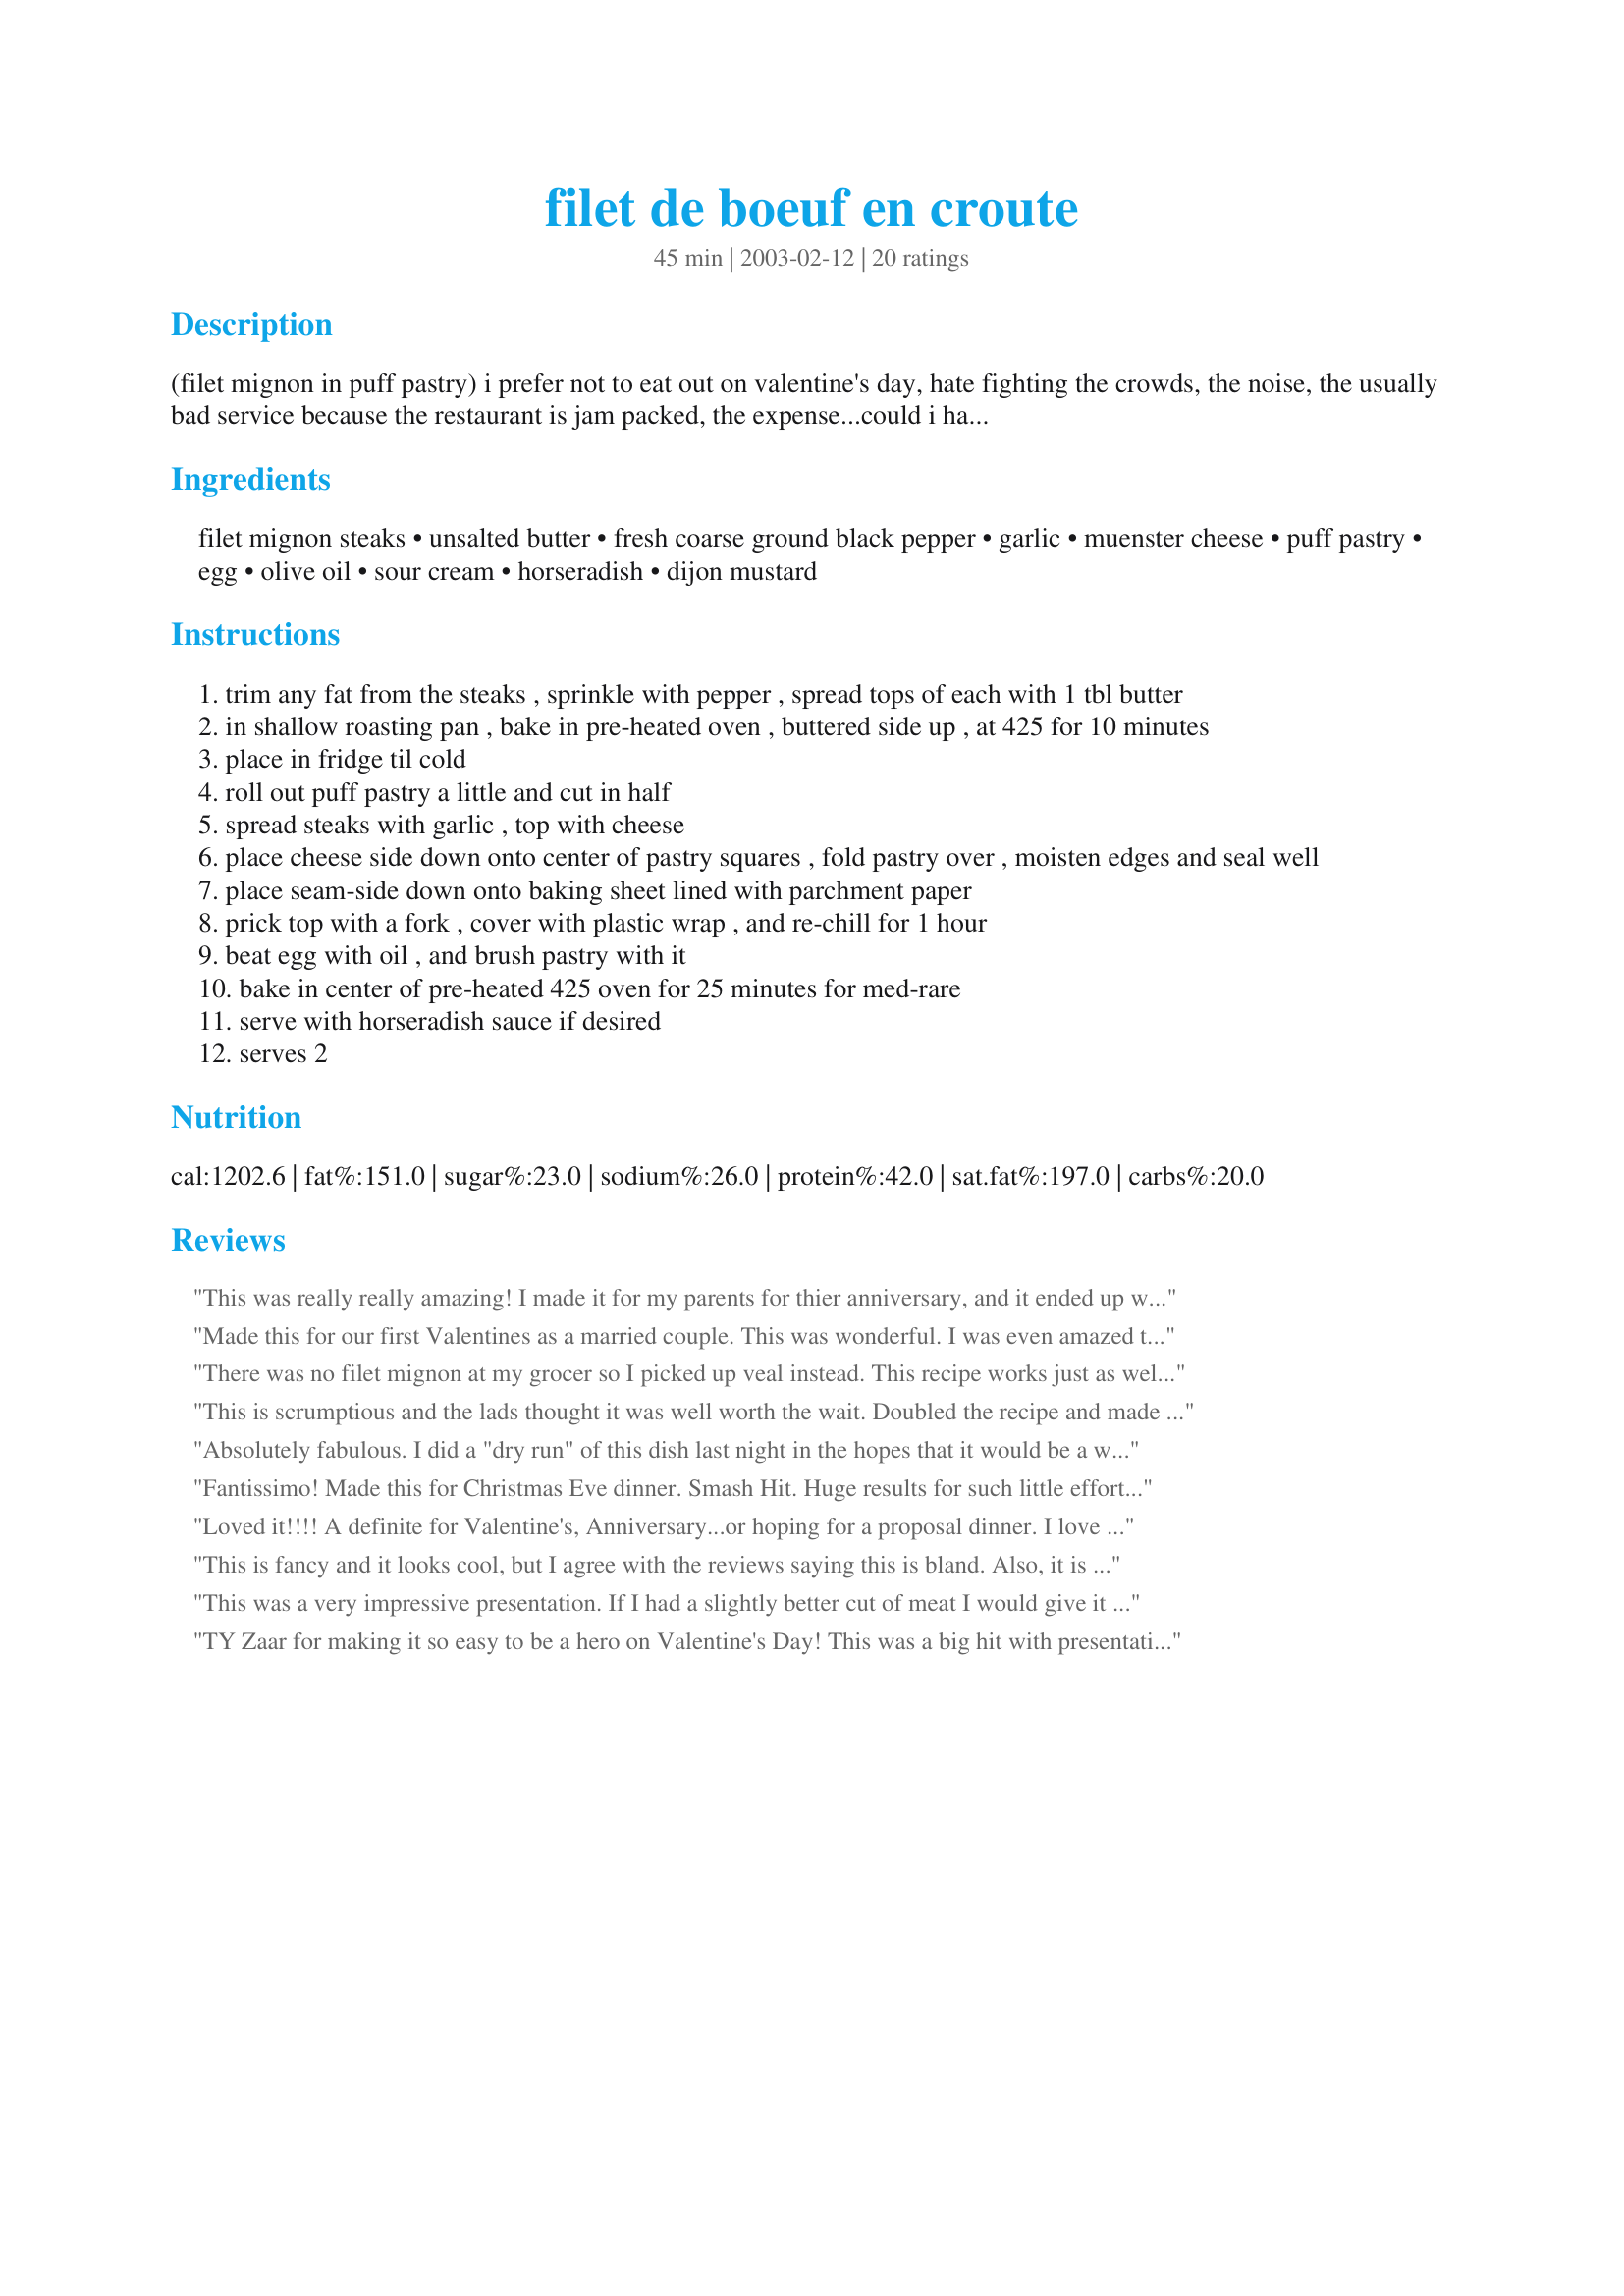
filet de boeuf en croute
Preparation time: 45 minutes

(filet mignon in puff pastry) i prefer not to eat out on valentine's day, hate fighting the crowds, the noise, the usually bad service because the restaurant is jam packed, the expense...could i have a little cheese with my "whine"? lol! here's what i made for the main course last year, and it was to die for. almost too pretty to eat....almost! enjoy!!! *prep-time does not include chilling time.

Ingredients:
filet mignon steaks, unsalted butter, fresh coarse ground black pepper, garlic, muenster cheese, puff pastry, egg, olive oil, sour cream, horseradish, dijon mustard

Steps:
trim any fat from the steaks , sprinkle with pepper , spread tops of each with 1 tbl butter
in shallow roasting pan , bake in pre-heated oven , buttered side up , at 425 for 10 minutes
place in fridge til cold
roll out puff pastry a little and cut in half
spread steaks with garlic , top with cheese
place cheese side down onto center of pastry squares , fold pastry over , moisten edges and seal well
place seam-side down onto baking sheet lined with parchment paper
prick top with a fork , cover with plastic wrap , and re-chill for 1 hour
beat egg with oil , and brush pastry with it
bake in center of pre-heated 425 oven for 25 minutes for med-rare
serve with horseradish sauce if desired
serves 2

Reviews:
This was really really amazing! I made it for my parents for thier anniversary, and it ended up working out beautifully. I ran out of puff pastry, a shortsighting on my part, so I ended up wrapping one steak in frozen pie crust and it worked fairly well...the flaky buttery texture of puff pastry is preffered, but in a pinch the frozen pie crust worked well. Also because of the high price of food I ended up using thick flatiron steaks, and they cooked perfectly with the times listed here. Fabulous! will use again.
Made this for our first Valentines as a married couple. This was wonderful. I was even amazed that I could make something this good. Very simple as well. I served with Recipe #72861. I did not use the horseradish sauce because I did not have horseradish. It was wonderful and moist without it. I also used Mozerella cheese because its all I had on hand. This was amazing. I am definetly going to make for guests sometimes to show off :) thank you!
There was no filet mignon at my grocer so I picked up veal instead. This recipe works just as well for it. Veal doesn't have as much marbled fat as filet mignon does so I didn't cut off the extra. It turned out wonderfully! Thank you so much for posting this recipe. p.s. I marinaded the veal in white wine and pineapple juice then used that liquid to make a mustard sauce. MMMM!
This is scrumptious and the lads thought it was well worth the wait. Doubled the recipe and made for our New Year&#039;s Eve dinner. Used swiss cheese as that&#039;s what I had on hand. Did not use the dijon mustard in the sauce. Thanks for sharing!
Absolutely fabulous. I did a "dry run" of this dish last night in the hopes that it would be a winner for my upcoming dinner party. Is it ever! You're right - almost too pretty to eat. Used muenster cheese and cooked slightly longer (we like our filet medium). Can't wait for my dinner party now!! Thank you!!
Fantissimo!

Made this for Christmas Eve dinner. Smash Hit. Huge results for such little effort. I followed the recipe to the tee, except that my meat was cold when I started, so I cooked it 2 minutes longer in Stage 1. The Horseradish sauce is the perfect complement.

Loved it!!!! A definite for Valentine's, Anniversary...or hoping for a proposal dinner. I love garlic, but didn't mince mine finely enough. My future technique shall be....smash, then mince the garlic.
This is fancy and it looks cool, but I agree with the reviews saying this is bland. Also, it is easy to undercook because you can't actually see the meat.
This was a very impressive presentation. If I had a slightly better cut of meat I would give it a five, so it wasn't the recipe's fault and DH gives it a 10 so a 5 it is! I cooked mine the first time as I like it a little more well done. I used Havarti cheese and a little more garlic. Beautiful dish for our Christmas dinner!
TY Zaar for making it so easy to be a hero on Valentine's Day! This was a big hit with presentation, it looked like I slaved for hours and hours and was a wonderful steak. I used provolone cheese 'cuz I had some on hand and it was excellent. Beutifully browned very impressive yet quite simple to make. Thanks Wildflour.
update on my previous review - I had a couple of these left over (can you believe it?) from my party, since they were large some people shared. So I put them in Ziploc's in the freezer. Today I popped one out and after about 35 min at 350, 95% as good as the first time! Long story short, these freeze surprisingly well.
Very bland. Sauce helps. Very filling. Filet would have tasted better on the grill. Maybe use Swiss instead of Jack for more flavor.
Speechless - AMAZING! thank you so much for this recipe. I will ask for it again and again!
Definatly outstanding, I followed the recipe EXACTLY and it was cooked to perfection. Oh one exception was I used a strong cheddar cheese because I couldn't get the ones stated, but it wouldn't have made it any better if i had!!
Thank you wildflower, I will be making this again soon.

Wanted to edit this to add that i have made this recipe again using English stilton cheese and it was out of the world...I will make it this way from now on, the stilton puff pastry and steak went together so well, and again the timings were spot on!! thanks again wildflower
I made these for Easter dinner and they were very good! Granted, it would be hard to ruin a filet, but this recipe had them cooked perfectly. My only dislike is not really with the recipe, but just that it is very RICH and a little too decadent tasting for us to have a filet wrapped in pastry. I made half of the filets as specified, the other half I spread with roasted garlic and then crumbled bleu cheese on top. Wow, they were beautiful and tasted wonderful. I did notice that once most people got through half of it, the pastry was scraped away and the filet was eaten. The sauce was a lovely compliment for an altogether easy (if not a little time consuming) elegant, and tasty recipe. Thank you!
Wildflower try it at home
Wildflour thanks for making Valentine's Day easy and special. Did exactly as posted - next time, and there definetely will be a next time, I will replace the cheese with fresh sliced mushrooms. Let's see - when is the next special occasion.
Did not fix the sauce - I actually forgot about it until now when posting the review. I guess we didn't miss it but will try to remember next time.
Excellent and far easier than I would have thought. We enjoyed this. I would make a few changes next time. We used the garlic and monterey jack slices. I would suggest a sharper cheese and maybe asparagus instead of garlic. I will definitely use this method again!
Beautiful and Wonderful! This made our dinner so special! What a wonderful recipe! I cannot believe how easy this was to make! Thank you!
I have been hungering to make this recipe ever since I saw McMystery Shopper's photo several months ago and now I finally did. It is so delicious (even though I forgot to make the sauce!). I had my husband's birthday dinner all planned (see Dave's Birthday Menu) and yesterday he said "I will be happy with roast beef, mashed potatoes and gravy". Oops. I guess he saw the look on my face as he mentioned at dinner that he wondered what was up and he absolutely had no regrets about this dinner. I couldn't find any puff pastry so used phyllo dough and it came out great. The only thing better than filet mignon is filet mignon soaked in butter!! This is not a diet food but it is a good one. 
Thanks for sharing your wonderful recipe.
